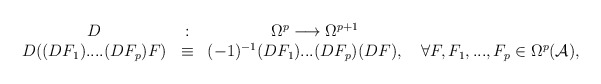
\begin{align*}\begin{array}{ccc} D &:& \Omega^p \longrightarrow \Omega^{p+1} \hskip 4cm \\ D((DF_1)....(DF_p) F) &\equiv& (-1)^{-1} (DF_1)...(DF_p) (DF), ~~~\forall F, F_1,..., F_p \in \Omega^p({\cal A}),\end{array}\end{align*}